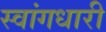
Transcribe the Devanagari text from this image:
स्वांगधारी